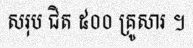
សរុប ជិត ៥០០ គ្រូសារ ។